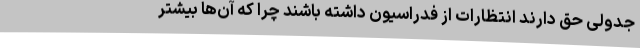
جدولی حق دارند انتظارات از فدراسیون داشته باشند چرا که آن‌ها بیشتر